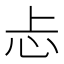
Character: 忐